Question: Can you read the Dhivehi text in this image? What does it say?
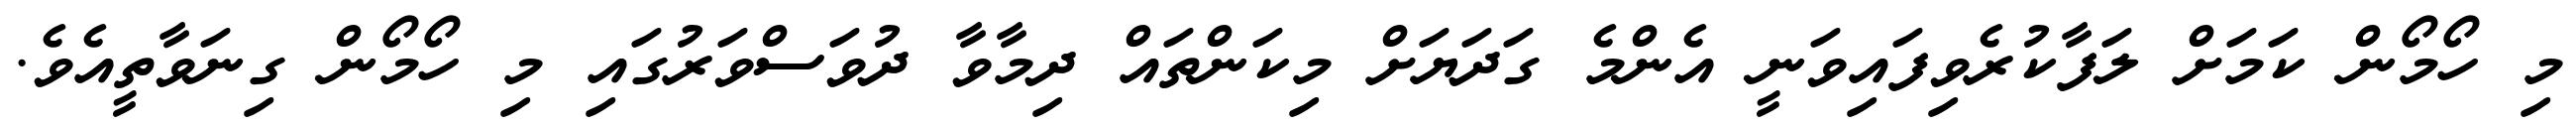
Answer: މި ހޯމޯން ކަމަށް ލަފާކުރެވިފައިވަނީ އެންމެ ގަދަޔަށް މިކަންތައް ދިމާވާ ދުވަސްވަރުގައި މި ހޯމޯން ގިނަވާތީއެވެ.